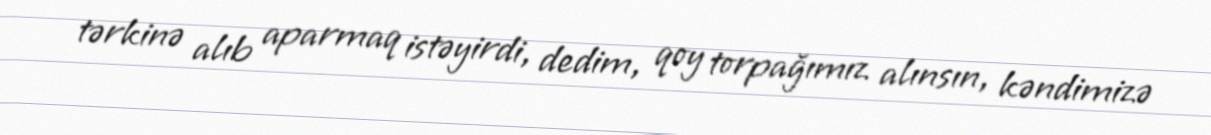
tərkinə alıb aparmaq istəyirdi, dedim, qoy torpağımız alınsın, kəndimizə